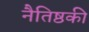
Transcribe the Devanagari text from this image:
नैतिष्ठकी